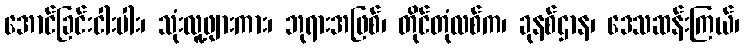
အောင်ခြင်းငါးပါး၊ သုံးလူ့ဖျားကား၊ ဘုရားအဖြစ်၊ တိုင်တုံလစ်က၊ ခုနစ်ဌာန၊ ဒေသဆန်းကြယ်၊